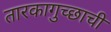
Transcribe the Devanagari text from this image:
तारकागुच्छाची